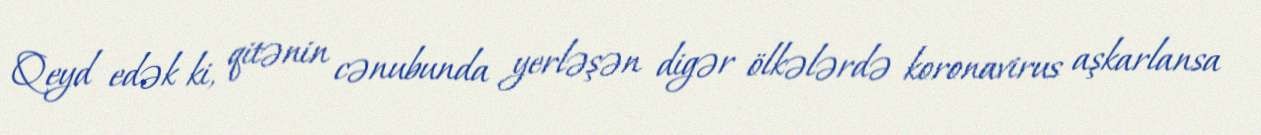
Qeyd edək ki, qitənin cənubunda yerləşən digər ölkələrdə koronavirus aşkarlansa